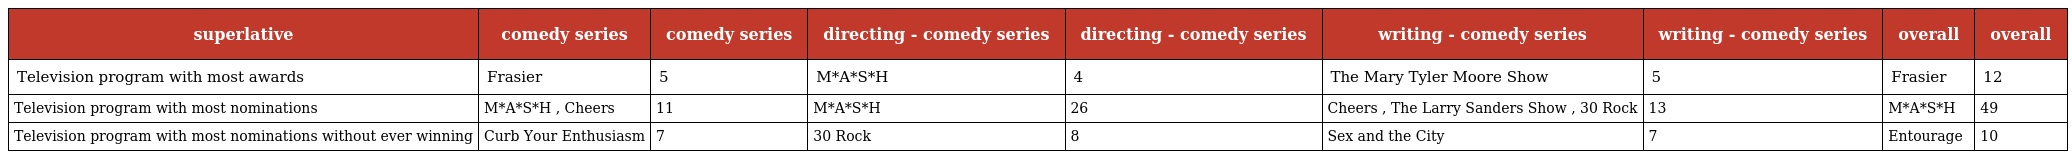
| superlative | comedy series | comedy series | directing - comedy series | directing - comedy series | writing - comedy series | writing - comedy series | overall | overall |
 | --- | --- | --- | --- | --- | --- | --- | --- | --- |
 | Television program with most awards | Frasier | 5 | M*A*S*H | 4 | The Mary Tyler Moore Show | 5 | Frasier | 12 |
 | Television program with most nominations | M*A*S*H , Cheers | 11 | M*A*S*H | 26 | Cheers , The Larry Sanders Show , 30 Rock | 13 | M*A*S*H | 49 |
 | Television program with most nominations without ever winning | Curb Your Enthusiasm | 7 | 30 Rock | 8 | Sex and the City | 7 | Entourage | 10 |